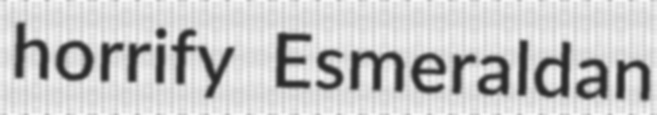
horrify Esmeraldan